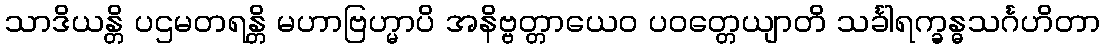
သာဒိယန္တိ ပဌမတရန္တိ မဟာဗြဟ္မာပိ အနိဗ္ဗတ္တာယေဝ ပဝတ္တေယျာတိ သင်္ခါရက္ခန္ဓသင်္ဂဟိတာ